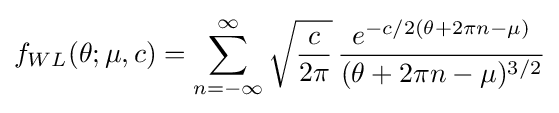
f_{WL}(\theta ;\mu ,c)=\sum _{n=-\infty }^{\infty }{\sqrt {\frac {c}{2\pi }}}\,{\frac {e^{-c/2(\theta +2\pi n-\mu )}}{(\theta +2\pi n-\mu )^{3/2}}}